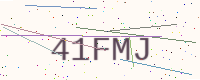
Text: 41FMJ